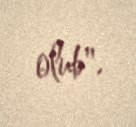
olub".